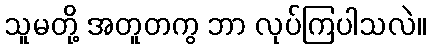
သူမတို့ အတူတကွ ဘာ လုပ်ကြပါသလဲ။